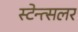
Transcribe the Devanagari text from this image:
स्टेन्त्सलर